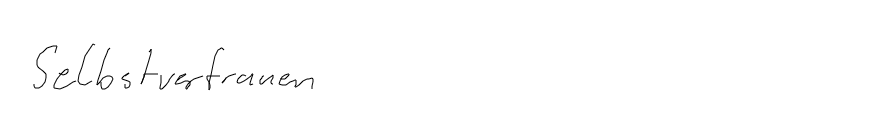
Selbstvertrauen